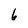
Character: 6